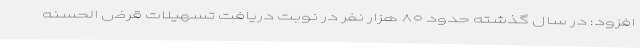
افزود: در سال گذشته حدود ۸۰ هزار نفر در نوبت دریافت تسهیلات قرض الحسنه